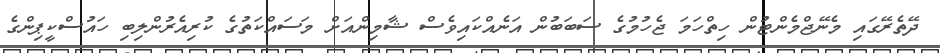
ދޭތެރޭގައި މެނޭޖްމެންޓުން ހިތްހަމަ ޖެހުމުގެ ސަބަބުން އަނެއްކައިވެސް ޝާމިންއަށް މަސައްކަތުގެ ކުރިއެރުންލިބި ހައުސްކީޕިންގެ